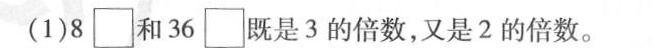
(1)8\Box 和36\Box 既是3的倍数，又是2的倍数。